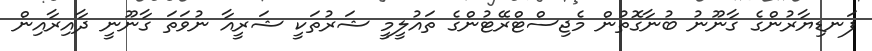
ފަނޑިޔާރުންގެ ގާނޫނު ބުނާގޮތުން މެޖިސްޓްރޭޓުންގެ ތައުލީމީ ޝަރުތަކީ ޝަރީއާ ނުވަތަ ގާނޫނީ ދާއިރާއިން